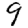
Digit: 9